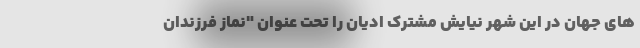
های جهان در این شهر نیایش مشترک ادیان را تحت عنوان "نماز فرزندان